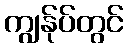
ကျွန်ုပ်တွင်